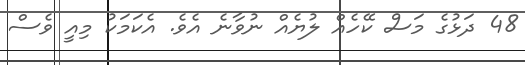
48 ދަޅުގެ މަސް ކޭހެއް ލުޔެއް ނުވާނެ އެވެ. އެކަމަކު މިއީ ވެސް